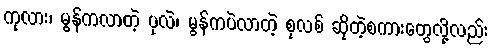
ကုလား၊ မွန်ကလာတဲ့ ပုလဲ၊ မွန်ကပဲလာတဲ့ စုလစ် ဆိုတဲ့စကားတွေလို့လည်း